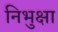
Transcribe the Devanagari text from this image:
निभुक्षा